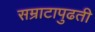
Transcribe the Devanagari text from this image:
सम्राटापुढती